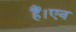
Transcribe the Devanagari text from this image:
हैं।एन